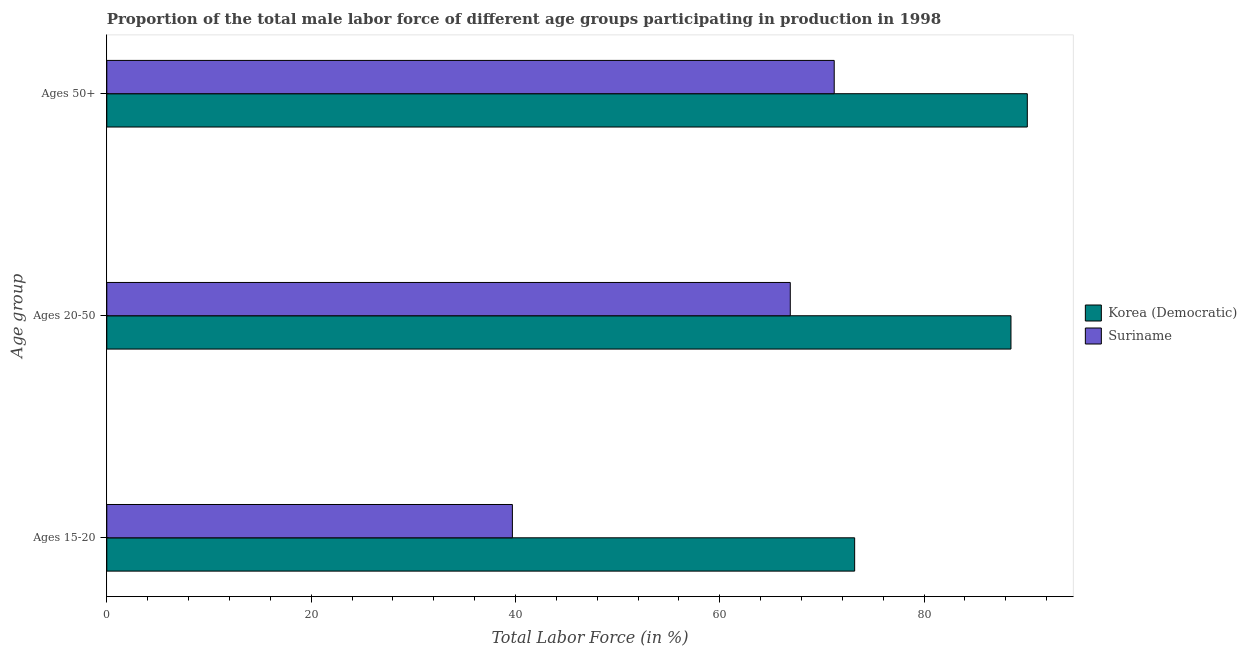
| Age group | Korea (Democratic) | Suriname |
 | --- | --- | --- |
 | Ages 15-20 | 73.2 | 39.7 |
 | Ages 20-50 | 88.5 | 66.9 |
 | Ages 50+ | 90.1 | 71.2 |